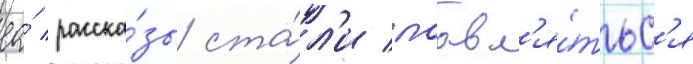
ео́ расска́зы ста́л'и поавл'я́тьс'я